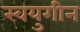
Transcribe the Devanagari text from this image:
स्वयुगीन